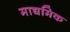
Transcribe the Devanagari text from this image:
माद्यमिक